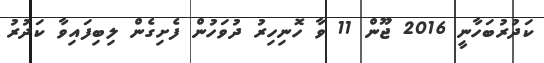
ކަދުރުބަހާނީ 2016 ޖޫން 11 ވާ ހޮނިހިރު ދުވަހުން ފެށިގެން ލިބިފައިވާ ކަދުރު